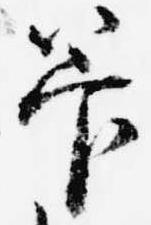
管